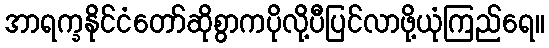
အာရက္ခနိုင်ငံတော်ဆိုစွာကပိုလို့ပီပြင်လာဖို့ယုံကြည်ရေ။